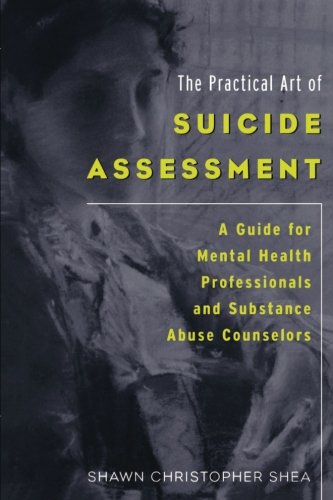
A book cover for The Practical Art of Suicide Assessment: A Guide for Mental Health Professionals and Substance Abuse Counselors; Shawn Christopher Shea; Self-Help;